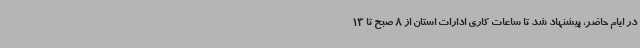
در ایام حاضر، پیشنهاد شد تا ساعات کاری ادارات استان از 8 صبح تا 13